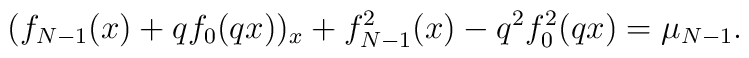
(f_{N-1}(x)+qf_0(qx))_x+f_{N-1}^2(x)-q^2f_0^2(qx)=\mu_{N-1}.